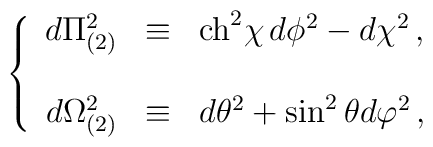
\left\{  \begin{array}{rcl}d\Pi_{(2)}^{2} & \equiv & {\rm ch}^{2}\chi\, d\phi^{2}-d\chi^{2}\, , \\& & \\d\Omega_{(2)}^{2} & \equiv & d\theta^{2}+\sin^{2}{\theta}d\varphi^{2}\, ,\\  \end{array}\right.